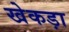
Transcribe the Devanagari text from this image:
खेकड़ा